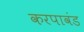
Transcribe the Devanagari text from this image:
करपावंड